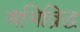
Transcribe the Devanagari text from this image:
अभिव्रिद्ध